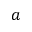
a